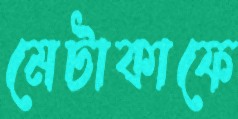
মেটাকাফে